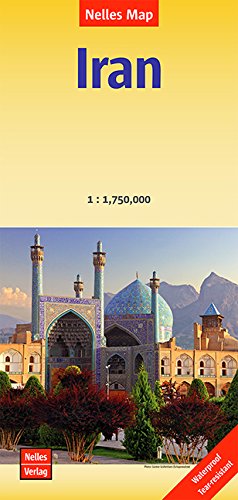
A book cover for Iran Travel Map Nelles 2014; Nelles Map; Travel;